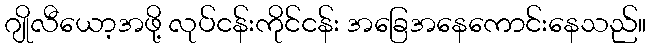
ဂျိုလီယော့အဖို့ လုပ်ငန်းကိုင်ငန်း အခြေအနေကောင်းနေသည်။